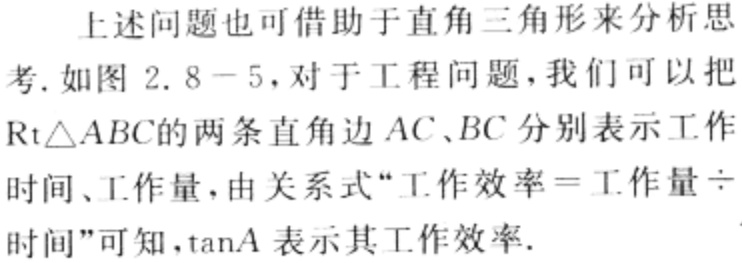
上述问题也可借助于直角三角形来分析思

考.如图 2.8 - 5，对于工程问题，我们可以把

$\mathrm{Rt}\triangle ABC$的两条直角边$AC、BC$分别表示工作

时间、工作量，由关系式“工作效率$=$工作量$\div$

时间”可知，$\tan A$表示其工作效率.